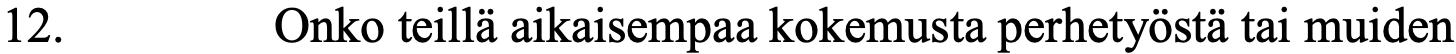
12.      Onko teillä aikaisempaa kokemusta perhetyöstä tai muiden